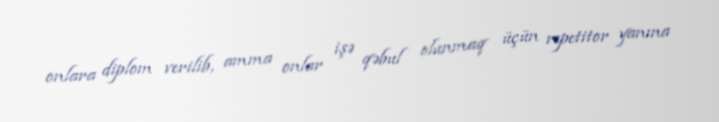
onlara diplom verilib, amma onlar işə qəbul olunmaq üçün repetitor yanına